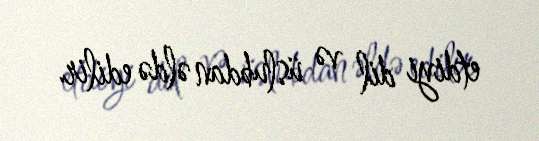
etdiyi dil və üslubdan əldə edilir.